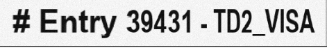
# Entry 39431 - TD2_VISA